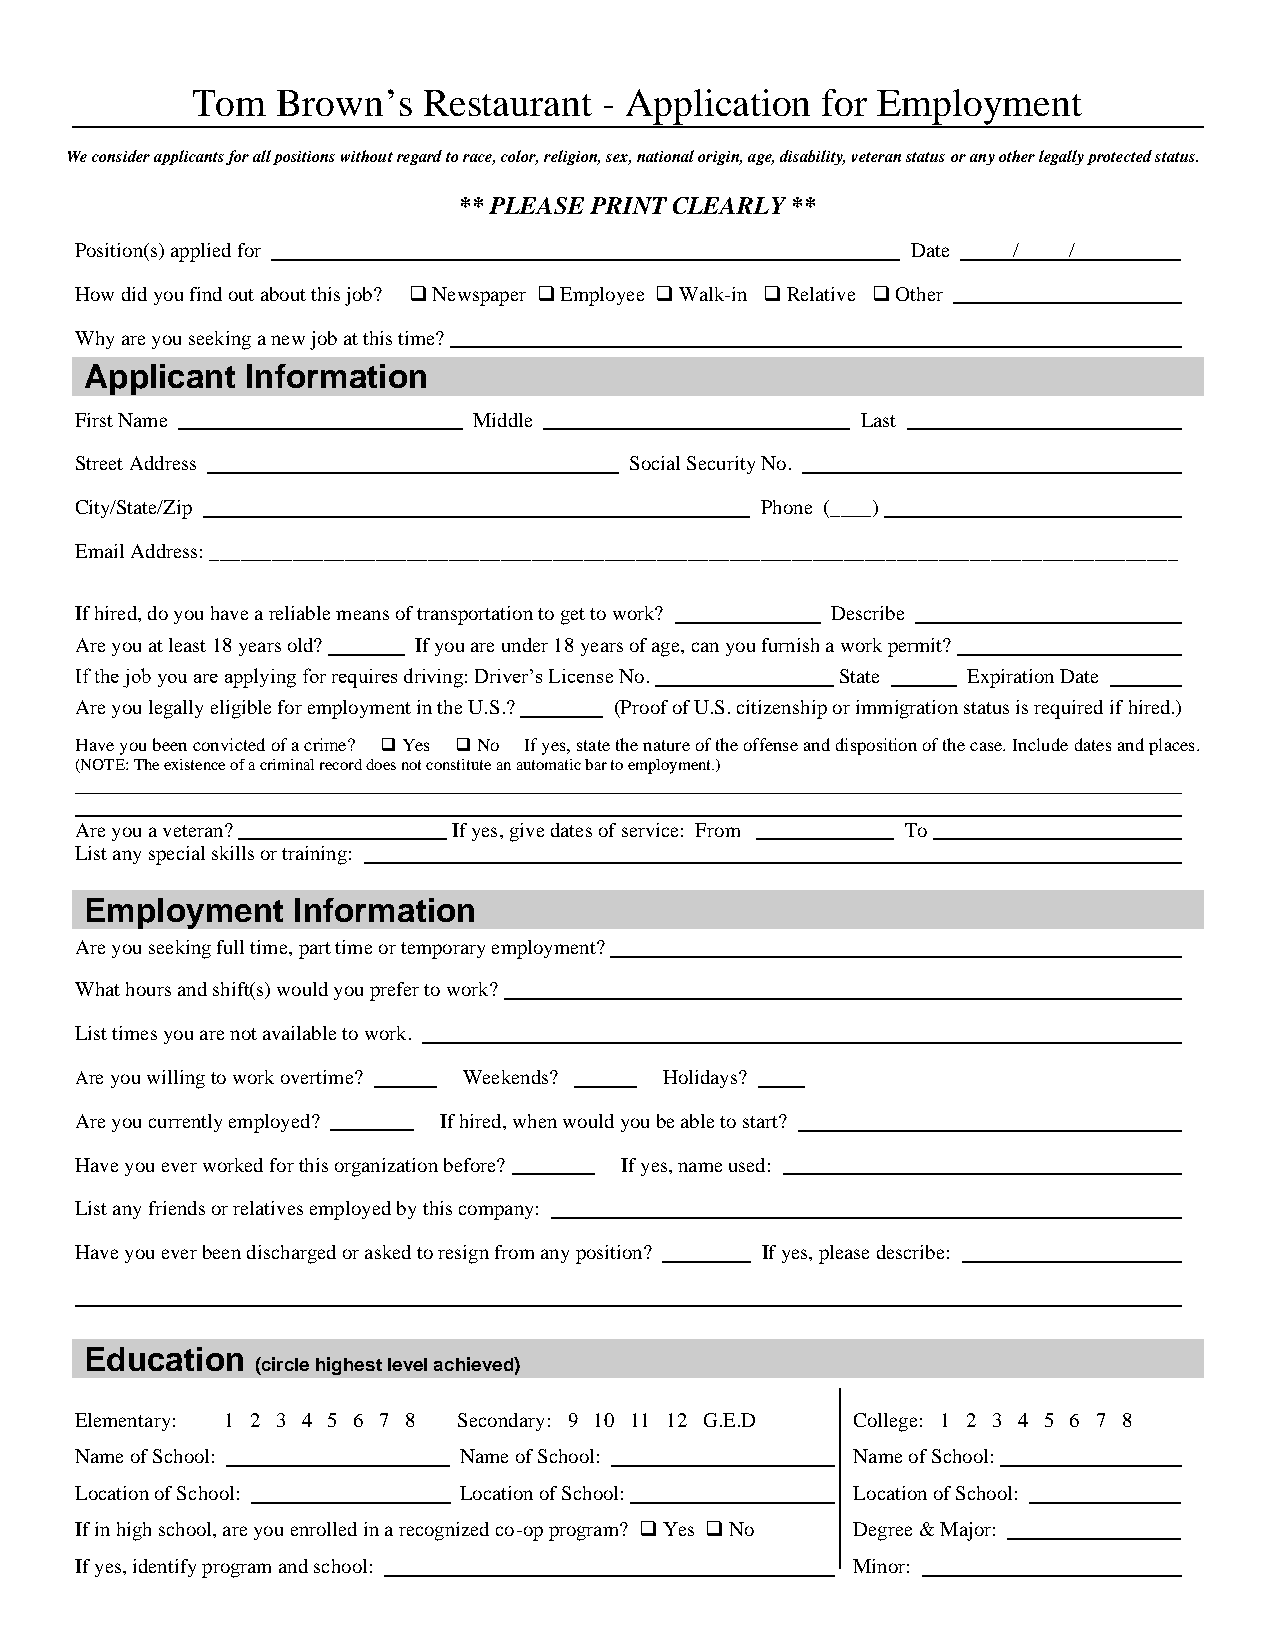
Tom  Brown’s   Restaurant  - Application for Employment
 We consider applicants for all positions without regard to race, color, religion, sex, national origin, age, disability, veteran status or any other legally protected status.
 ** PLEASE PRINT CLEARLY **
 Position(s) applied for                                Date   /   /
 How did you find out about this job? ❑ Newspaper ❑ Employee ❑ Walk-in ❑ Relative ❑ Other
 Why are you seeking a new job at this time?
 Applicant Information
 First Name                Middle                    Last
 Street Address                       Social Security No.
 City/State/Zip                               Phone (____)
 Email Address: _____________________________________________________________________________________________
 If hired, do you have a reliable means of transportation to get to work? Describe
 Are you at least 18 years old? If you are under 18 years of age, can you furnish a work permit?
 If the job you are applying for requires driving: Driver’s License No. State Expiration Date
 Are you legally eligible for employment in the U.S.? (Proof of U.S. citizenship or immigration status is required if hired.)
 Have you been convicted of a crime? ❑ Yes ❑ No If yes, state the nature of the offense and disposition of the case. Include dates and places.
 (NOTE: The existence of a criminal record does not constitute an automatic bar to employment.)
 Are you a veteran?       If yes, give dates of service: From To
 List any special skills or training:
 Employment   Information
 Are you seeking full time, part time or temporary employment?
 What hours and shift(s) would you prefer to work?
 List times you are not available to work.
 Are you willing to work overtime? Weekends? Holidays? .
 Are you currently employed? If hired, when would you be able to start?
 Have you ever worked for this organization before? If yes, name used:
 List any friends or relatives employed by this company:
 Have you ever been discharged or asked to resign from any position? If yes, please describe:
 Education
 (circle highest level achieved)
 Elementary: 1 2 3 4 5 6 7 8 Secondary: 9 10 11 12 G.E.D College: 1 2 3 4 5 6 7 8
 Name of School:          Name of School:            Name of School:
 Location of School:      Location of School:        Location of School:
 If in high school, are you enrolled in a recognized co-op program? ❑ Yes ❑ No Degree & Major:
 If yes, identify program and school:                Minor: